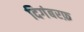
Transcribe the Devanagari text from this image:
दिगंबरफ़